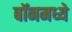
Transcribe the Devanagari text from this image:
बॉनमध्ये